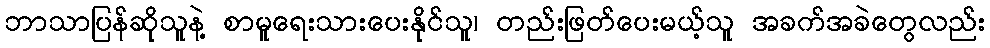
ဘာသာပြန်ဆိုသူနဲ့ စာမူရေးသားပေးနိုင်သူ၊ တည်းဖြတ်ပေးမယ့်သူ အခက်အခဲတွေလည်း